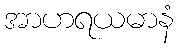
အာဟရယမာနံ